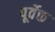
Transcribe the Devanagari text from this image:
पूर्वेक्त